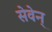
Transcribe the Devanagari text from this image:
सेवेन्